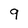
Character: 9